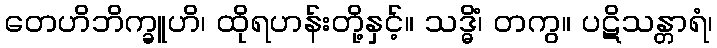
တေဟိဘိက္ခူဟိ၊ ထိုရဟန်းတို့နှင့်။ သဒ္ဓိံ၊ တကွ။ ပဋိသန္တာရံ၊